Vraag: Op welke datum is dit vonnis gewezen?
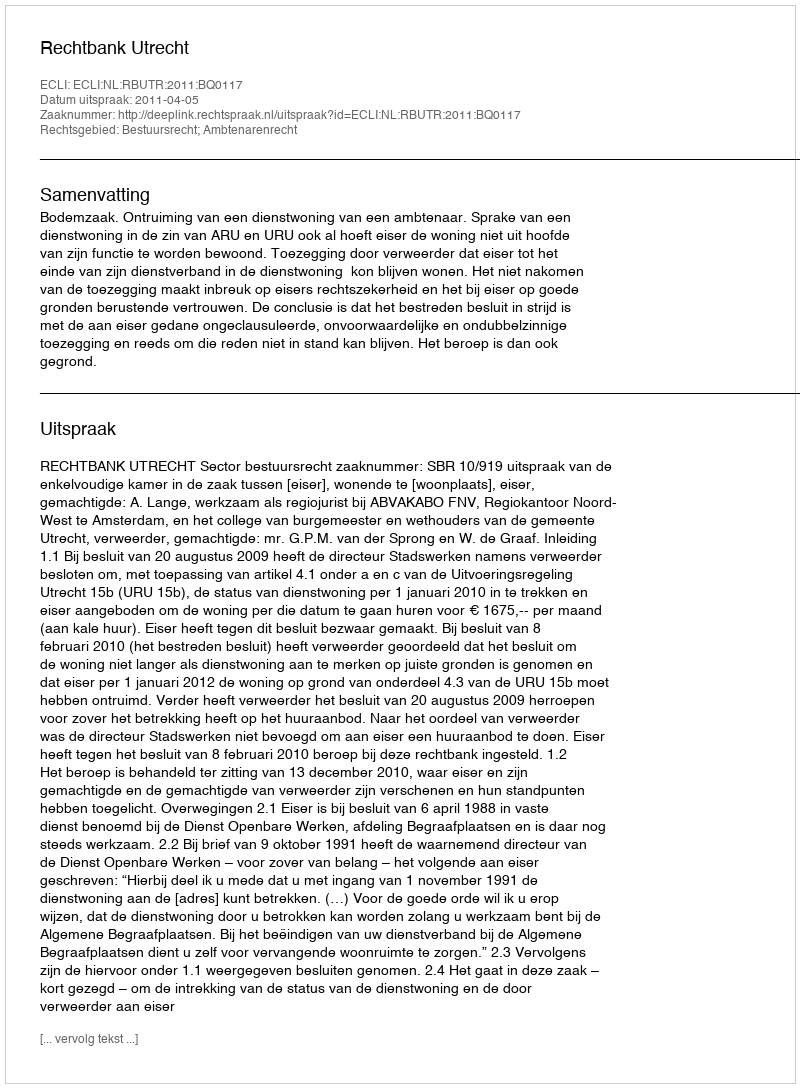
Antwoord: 2011-04-05